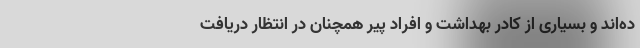
ده‌اند و بسیاری از کادر بهداشت و افراد پیر همچنان در انتظار دریافت